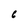
Character: 6